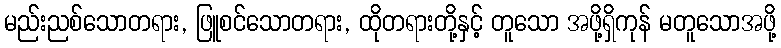
မည်းညစ်သောတရား, ဖြူစင်သောတရား, ထိုတရားတို့နှင့် တူသော အဖို့ရှိကုန် မတူသောအဖို့